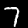
Label: 7